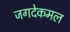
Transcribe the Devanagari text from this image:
जगदेकमल